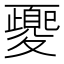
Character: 夒